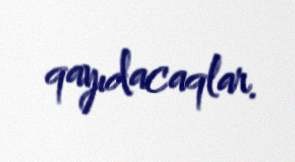
qayıdacaqlar.